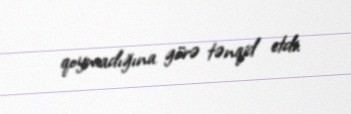
qoymadığına görə tənqid etdi.